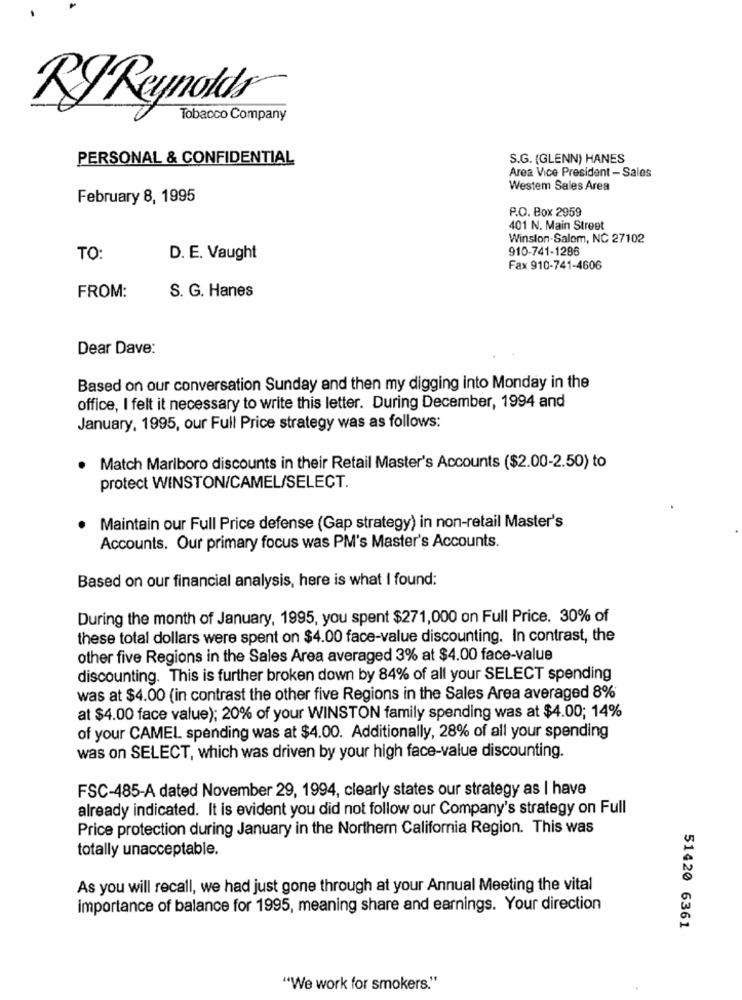
RJ Reynolds
Tobacco Company
PERSONAL & CONFIDENTIAL
S.G. (GLENN) HANES
Area Vice President - Sales
Westem Sales Area
February 8, 1995
P.O. Box 2959
401 N. Main Street
Winston-Salem, NC 27102
910-741-1286
TO
D. E. Vaught
Fax 910-741-4606
FROM:
S. G. Hanes
Dear Dave:
Based on our conversation Sunday and then my digging into Monday in the
office, I felt it necessary to write this letter. During December, 1994 and
January, 1995, our Full Price strategy was as follows:
Match Marlboro discounts in their Retail Master's Accounts ($2.00-2.50) to
protect WINSTON/CAMEL/SELECT.
.
Maintain our Full Price defense (Gap strategy) in non-retail Master's
Accounts. Our primary focus was PM's Master's Accounts.
Based on our financial analysis, here is what I found:
During the month of January, 1995, you spent $271,000 on Full Price. 30% of
these total dollars were spent on $4.00 face-value discounting. In contrast, the
other five Regions in the Sales Area averaged 3% at $4.00 face-value
discounting. This is further broken down by 84% of all your SELECT spending
was at $4.00 (in contrast the other five Regions in the Sales Area averaged 8%
at $4.00 face value); 20% of your WINSTON family spending was at $4.00; 14%
of your CAMEL spending was at $4.00. Additionally, 28% of all your spending
was on SELECT, which was driven by your high face-value discounting.
FSC-485-A dated November 29, 1994, clearly states our strategy as I have
already indicated. It is evident you did not follow our Company's strategy on Full
Price protection during January in the Northern California Region. This was
totally unacceptable.
As you will recall, we had just gone through at your Annual Meeting the vital
importance of balance for 1995, meaning share and earnings. Your direction
51420 6361
"We work for smokers."